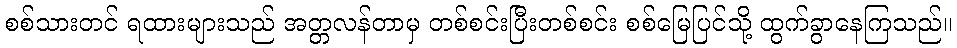
စစ်သားတင် ရထားများသည် အတ္တလန်တာမှ တစ်စင်းပြီးတစ်စင်း စစ်မြေပြင်သို့ ထွက်ခွာနေကြသည်။